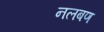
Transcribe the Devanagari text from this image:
नलबण